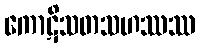
ကောဋိသတသဟဿဿ